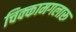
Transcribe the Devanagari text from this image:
चिक्कामगलारू